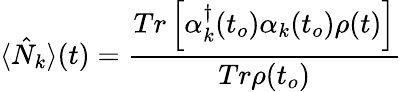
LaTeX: \langle\hat{N}_{k}\rangle(t)=\frac{Tr\left[\alpha_{k}^{\dagger}(t_{o})\alpha_{k}(t_{o})\rho(t)\right]}{Tr\rho(t_{o})}